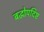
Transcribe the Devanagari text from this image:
बद्धोपदिष्ट